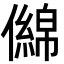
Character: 㒙